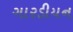
ગારડીયન